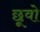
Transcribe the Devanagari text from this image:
छूवो